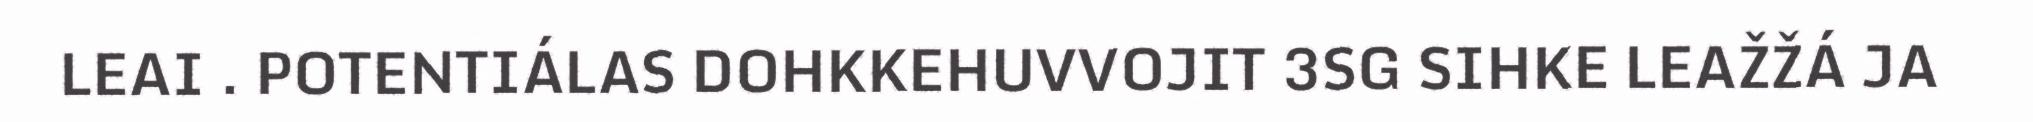
LEAI . POTENTIÁLAS DOHKKEHUVVOJIT 3SG SIHKE LEAŽŽÁ JA